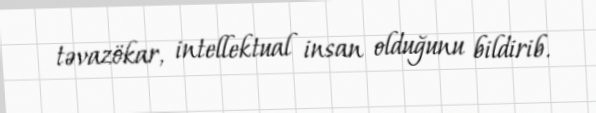
təvazökar, intellektual insan olduğunu bildirib.